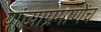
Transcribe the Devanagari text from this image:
यांच्याप्रमाणेंच